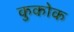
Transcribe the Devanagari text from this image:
कुकोक